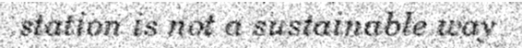
station is not a sustainable way